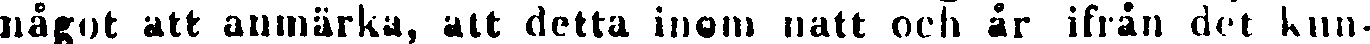
något att anmärka, att detta inom natt och år ifrån det kun-